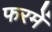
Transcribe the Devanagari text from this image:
फरमें